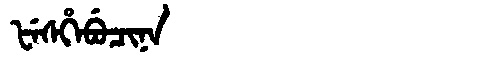
Manchu: ᡶᡝᠰᡥᡝᠪᡠᠴᡳᠨᠠ
Romanization: FESHEBUCINA